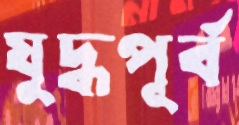
যুদ্ধপূর্ব